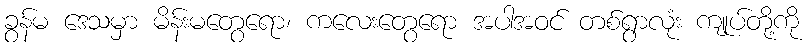
ခွန်မ ဒေသမှာ မိန်းမတွေရော၊ ကလေးတွေရော အပါအဝင် တစ်ရွာလုံး ကျုပ်တို့ကို